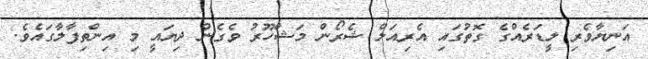
އަނިޔާވެރި ލީޑަރެއްގެ ގޮތުގައި އެރިއަލް ޝެރޯން މަޝްހޫރު ވެގެން ދިޔައީ މި އިންތިފާލާގައެވެ.